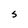
Character: S